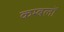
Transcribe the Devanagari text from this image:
कम्बलों